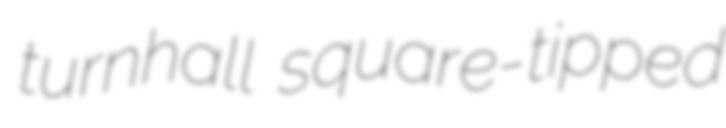
turnhall square-tipped